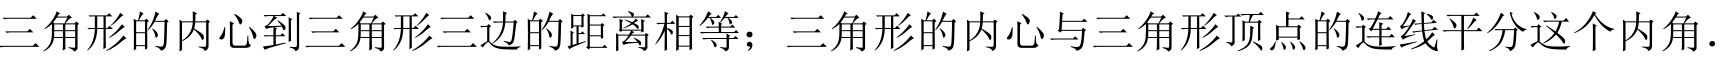
三角形的内心到三角形三边的距离相等；三角形的内心与三角形顶点的连线平分这个内角.